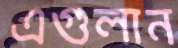
এগুলান